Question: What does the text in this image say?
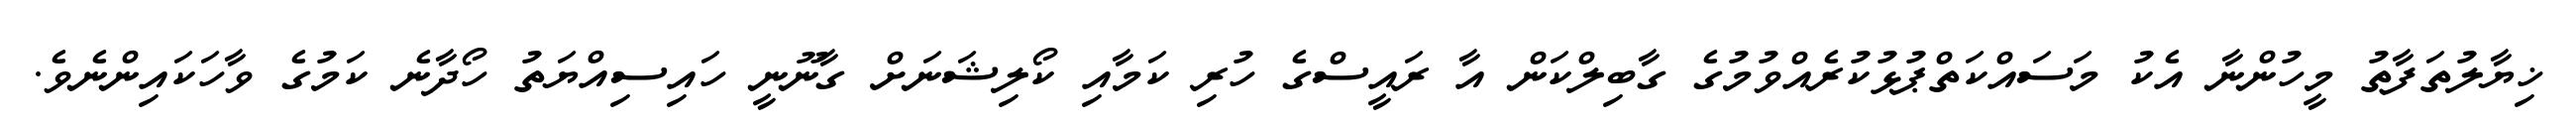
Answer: ޚިޔާލުތަފާތު މީހުންނާ އެކު މަސައްކަތްޕުޅުކުރެއްވުމުގެ ގާބިލްކަން އާ ރައީސްގެ ހުރި ކަމާއި ކޯލިޝަނަށް ގާނޫނީ ހައިސިއްޔަތު ހޯދާނެ ކަމުގެ ވާހަކައިންނެވެ.